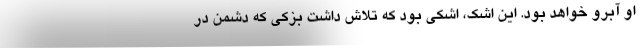
او آبرو خواهد بود. این اشک، اشکی بود که تلاش داشت بزکی که دشمن در